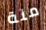
منة